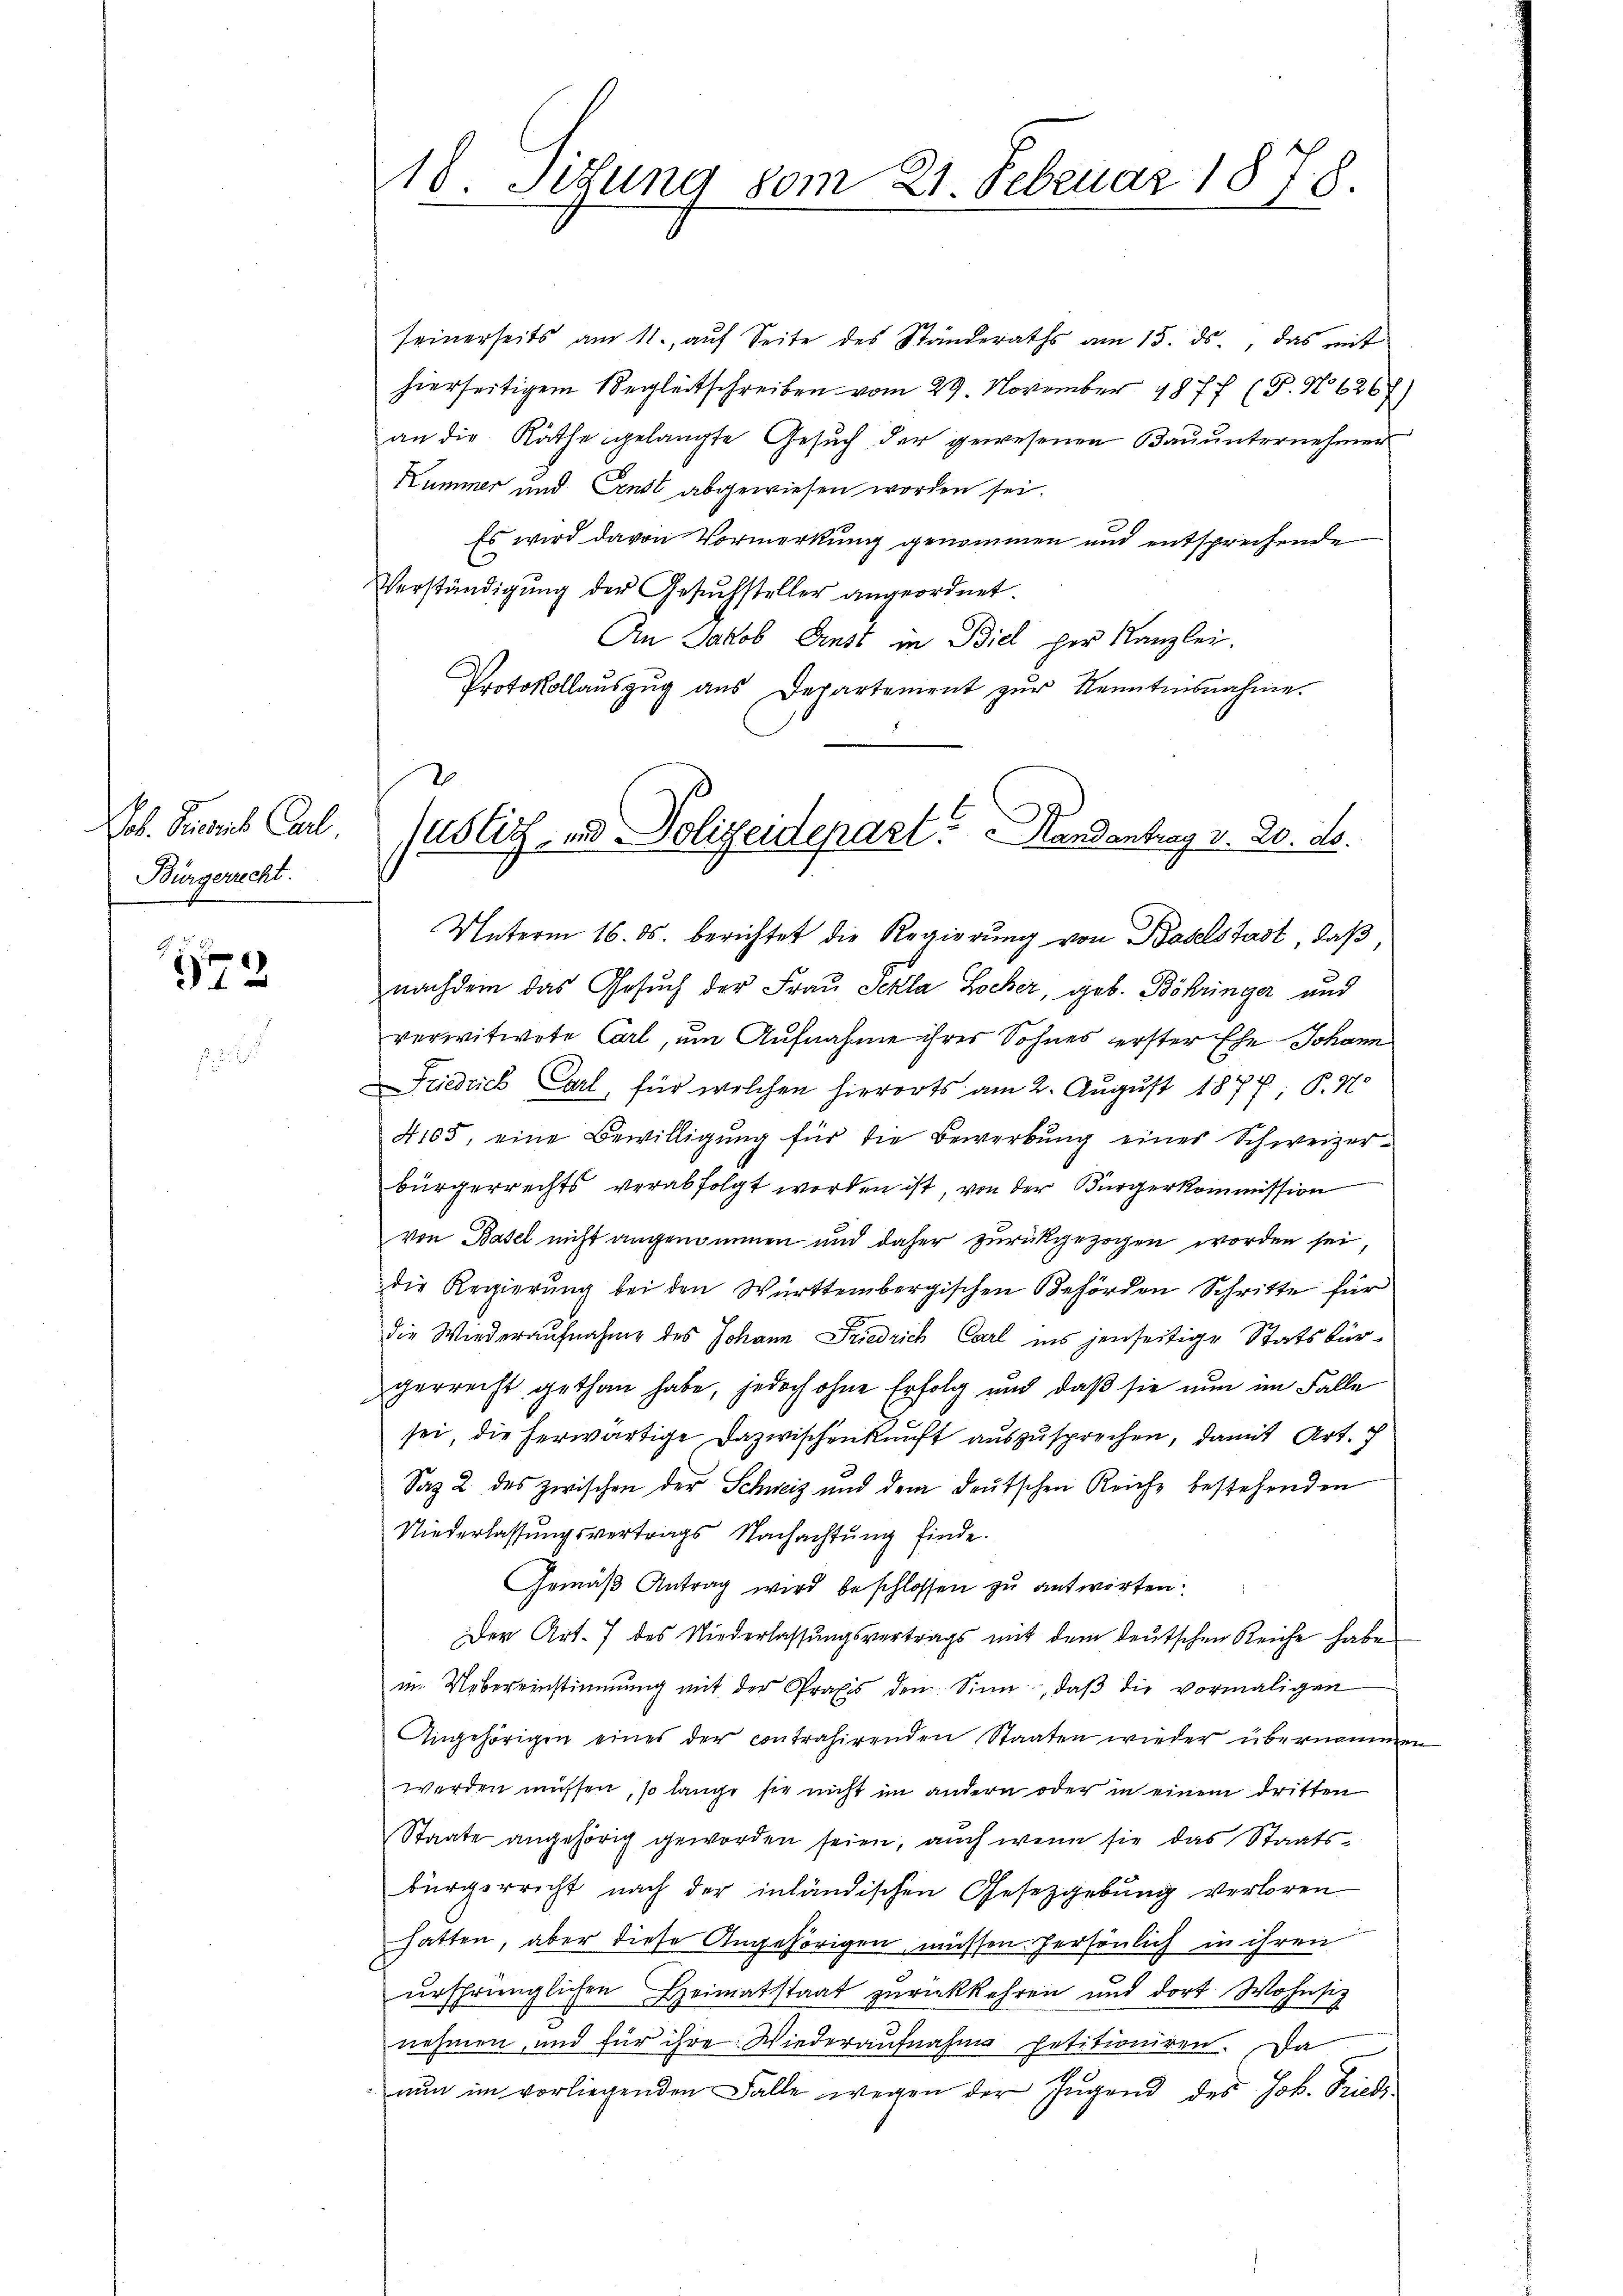
. Finant Carl
Bürgerrecht.

572

seinerseits am 11. aŭf Seite des Ständeraths am 15. ds., das mit
hierseitigem Begleitschreiben vom 29. November 1877 (T. N 6267)
an die Räthe gelangte Gesuch der gewesenen Bauunternehmen
Nummer und Ernst abgewiesen worden sei.
Es wird davon Vormerkung genommen und entsprechende
Verständigung der Gesuchsteller angeordnet.
An Jakob Ernst in Biel per Kanzlei.
Protokollauszug aus Departement zur Kenntesnahme.

18. Sedung vom 21. Februar 1878.

nachdem das Gesuch der Frau Schla Locher, geb. Böhringer und
verwitwete Carl, um Aufnahme ihres Sohnes erster Ehe Johann
Friedrich Carl, für welchen hierorts am 2. August 1877; P.4
4105, eine Bewilligung für die Bewerbung eines Schweizerbürgerrechts verabfolgt worden ist, von der Bürgerkommission
von Basel nicht angenommen und daher zurückgezogen worden sei,
die Regierung bei den Württembergischen Behörden Schritte für
die Wiederaufnahme des Johann Friedrich Carl ins jenseitige Statsbürgerrecht gethan habe, jedoch ohne Erfolg und daß sie nun im Falle
sei, die herwärtige Dazwischenkunft auszusprechen, damit Art. 7
Saz 2 des zwischen der Schweiz und dem deŭtschen Reiche bestehenden
Niederlassŭngsvertrags Nachachtŭng finde.
Gemäß Antrag wird beschlossen zu antworten.
Der Art. 7 des Niederlassungsvertrags mit dem deutschen Reiche habe
in Uebereinstimmung mit der Praxis den Sinn, daß die vormaligen
Angehörigen eines der contrahirenden Staaten wieder übernommen
werden müssen, so lange sie nicht im andern oder in einem dritten
Staate angehörig geworden seien, auch wenn sie das Staatsbürgerricht nach der inländischen Gesetzgebung verloren
hatten, aber diese Angehörigen müssen persönlich in ihren
ŭrsprünglichen Heimatstaat zŭrückkehren und dort Wohnsiz
nehmen, und für ihre Wiederaufnahme petitioniren. Da
nŭn im vorliegenden Falle wegen der Jugend des Joh. Spiele

blitz, und Polizeidepart. Handentrag v. 20. ds.
Unterm 16. ds. berichtet die Regierŭng von Baselstadt, daß